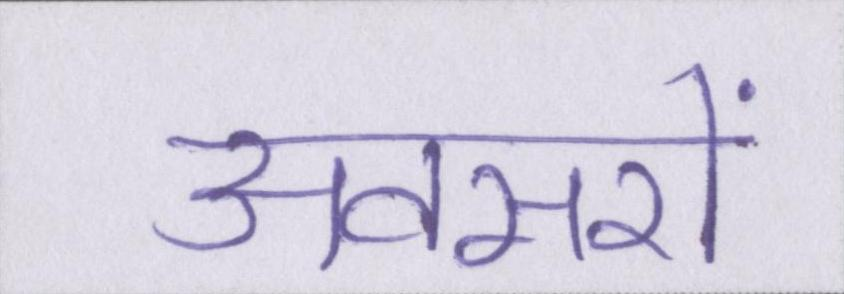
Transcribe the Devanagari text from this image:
अवसरों